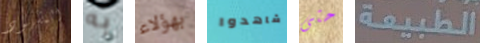
المشهود به بهؤلاء شاهدوا حتى الطبيعة